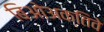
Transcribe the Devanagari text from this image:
बिओअक्तिवे